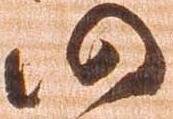
仍